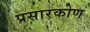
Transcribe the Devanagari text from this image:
प्रसारकोण